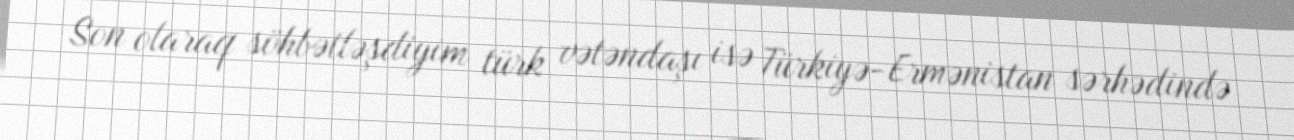
Son olaraq söhbətləşdiyim türk vətəndaşı isə Türkiyə-Ermənistan sərhədində